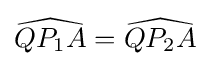
{\widehat {QP_{1}A}}={\widehat {QP_{2}A}}